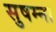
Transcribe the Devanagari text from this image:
सुषम्ना